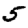
Digit: 5